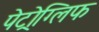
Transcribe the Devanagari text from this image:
पेट्रोग्लिफ